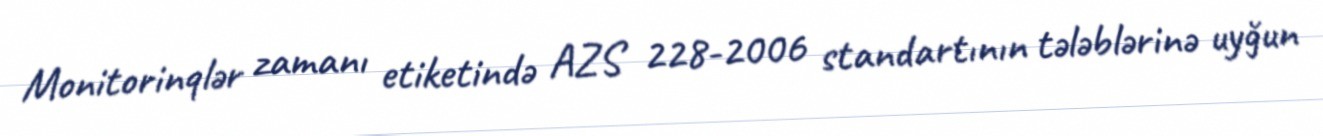
Monitorinqlər zamanı etiketində AZS 228-2006 standartının tələblərinə uyğun